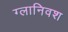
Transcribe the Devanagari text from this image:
ग्लानिवश